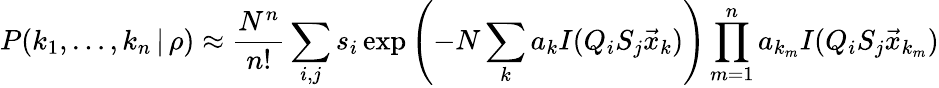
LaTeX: P(k_{1},\dots,k_{n}\, |\, \rho)\approx\frac{N^{n}}{n!}\sum_{i,j}s_{i}\exp\left(-N\sum_{k}a_{k}I(Q_{i}S_{j}\vec{x}_{k})\right)\prod_{m=1}^{n}a_{k_{m}}I(Q_{i}S_{j}\vec{x}_{k_{m}})